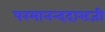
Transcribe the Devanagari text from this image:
परमानन्ददासजी